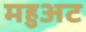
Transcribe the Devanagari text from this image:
महुअट